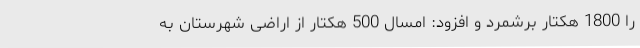
را 1800 هکتار برشمرد و افزود: امسال 500 هکتار از اراضی شهرستان به